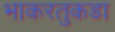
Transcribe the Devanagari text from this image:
भाकरतुकडा